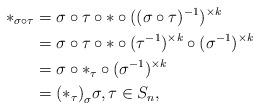
LaTeX: \begin{align*}\ast_{\sigma\circ\tau}&= \sigma\circ\tau\circ\ast\circ((\sigma\circ\tau)^{-1})^{\times k} \\&= \sigma\circ\tau\circ\ast\circ(\tau^{-1})^{\times k}\circ(\sigma^{-1})^{\times k}\\&= \sigma\circ\ast_{\tau}\circ(\sigma^{-1})^{\times k}\\&= {(\ast_{\tau})}_{\sigma} \sigma,\tau\in S_n,\end{align*}